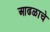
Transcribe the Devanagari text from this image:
आढळाचे